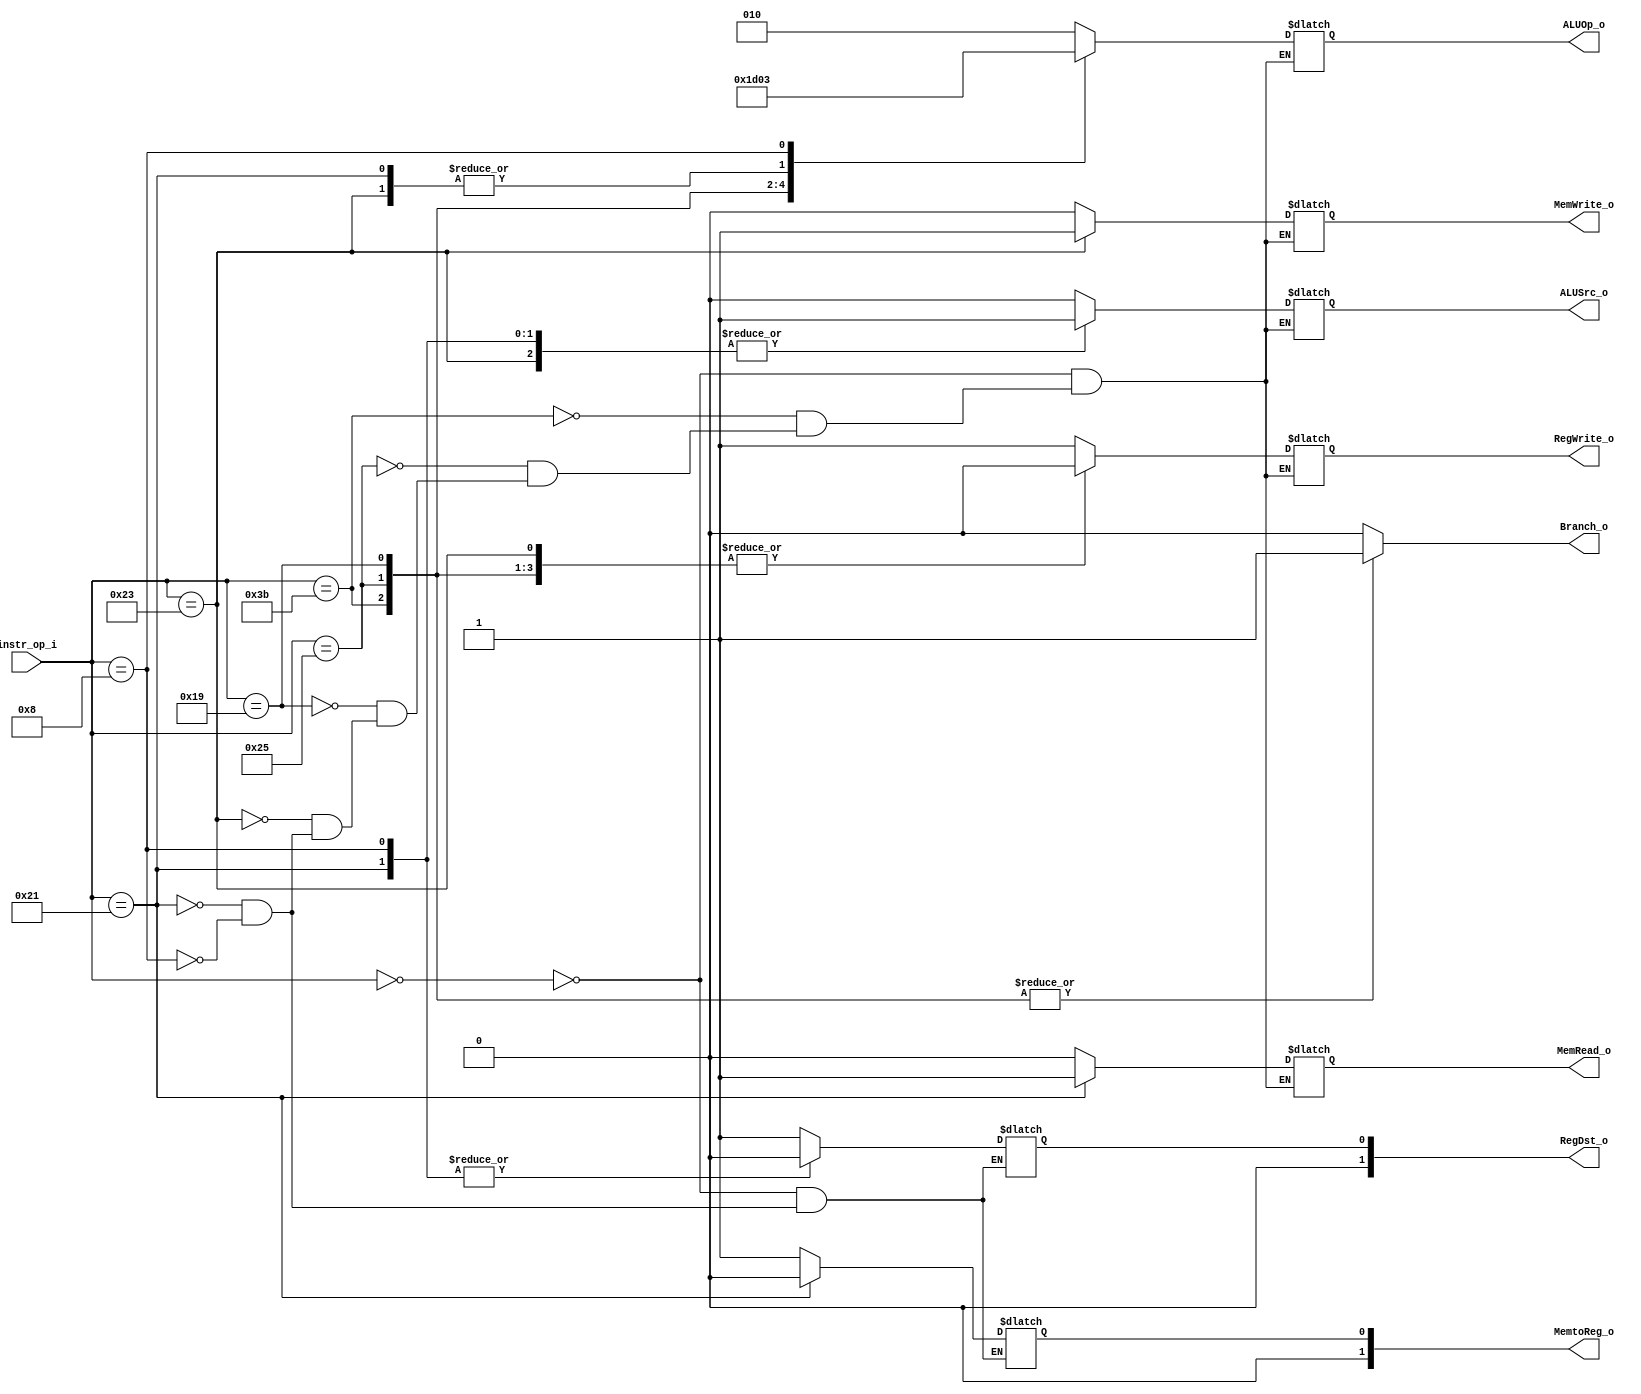
module Decoder( instr_op_i, RegWrite_o,	ALUOp_o, ALUSrc_o, RegDst_o, Branch_o, MemWrite_o, MemRead_o, MemtoReg_o);
     
//I/O ports
input	[6-1:0] instr_op_i;

output			RegWrite_o;
output	[3-1:0] ALUOp_o;
output			ALUSrc_o;
output	[2-1:0]	RegDst_o, MemtoReg_o;
output			Branch_o, MemWrite_o, MemRead_o;
 
//Internal Signals
wire	[3-1:0] ALUOp_o;
wire			ALUSrc_o;
wire			RegWrite_o;
wire	[2-1:0]	RegDst_o, MemtoReg_o;
wire			Branch_o, MemWrite_o, MemRead_o;

//Main function
/*your code here*/

reg RegWrite_o1 = 1'b0;
reg [3-1:0] ALUOp_o1 = 3'b000;
reg ALUSrc_o1 = 1'b0;
reg	RegDst_o1 = 1'b0, MemtoReg_o1 = 1'b0;
reg Branch_o1 = 1'b0, MemWrite_o1 = 1'b0, MemRead_o1 = 1'b0;

always@(instr_op_i)
begin
  case(instr_op_i)
    6'b000000: // R-Type
      begin
        RegWrite_o1 = 1;
        ALUOp_o1 = 3'b010;
	    ALUSrc_o1 = 0;
        RegDst_o1 = 1;
		Branch_o1 = 0;
		MemWrite_o1 = 0;
		MemRead_o1 = 0;
		MemtoReg_o1 = 1;
      end
	6'b111011: //beq
	  begin
        RegWrite_o1 = 0;
        ALUOp_o1 = 3'b001;
	    ALUSrc_o1 = 0;
		Branch_o1 = 1;
		MemWrite_o1 = 0;
		MemRead_o1 = 0;
		
      end
	6'b100101: //bne
	  begin
        RegWrite_o1 = 0;
        ALUOp_o1 = 3'b110;
	    ALUSrc_o1 = 0;
		Branch_o1 = 1;
		MemWrite_o1 = 0;
		MemRead_o1 = 0;
      end
	6'b011001: //blt
	  begin
        RegWrite_o1 = 0;
	    ALUSrc_o1 = 0;
		ALUOp_o1 = 3'b100;
		Branch_o1 = 1;
		MemWrite_o1 = 0;
		MemRead_o1 = 0;
      end
	6'b100011: //sw
	  begin
        RegWrite_o1 = 0;
        ALUOp_o1 = 3'b000;
	    ALUSrc_o1 = 1;
		Branch_o1 = 0;
		MemWrite_o1 = 1;
		MemRead_o1 = 0;
      end
	6'b100001: //lw
	  begin
        RegWrite_o1 = 1;
        ALUOp_o1 = 3'b000;
	    ALUSrc_o1 = 1;
        RegDst_o1 = 0;
		Branch_o1 = 0;
		MemWrite_o1 = 0;
		MemRead_o1 = 1;
		MemtoReg_o1 = 0;
      end
    6'b001000: //addi
      begin
        RegWrite_o1 = 1;
        ALUOp_o1 = 3'b011;
        ALUSrc_o1 = 1;
        RegDst_o1 = 0;
		Branch_o1 = 0;
		MemWrite_o1 = 0;
		MemRead_o1 = 0;
		MemtoReg_o1 = 1;
	  end
	default:
	  begin
		Branch_o1 = 0;
      end

  endcase
end

assign  RegWrite_o = RegWrite_o1;
assign  ALUOp_o = ALUOp_o1;
assign  ALUSrc_o = ALUSrc_o1;
assign  RegDst_o = RegDst_o1;
assign  Branch_o = Branch_o1;
assign	MemWrite_o = MemWrite_o1;
assign	MemRead_o = MemRead_o1;
assign	MemtoReg_o = MemtoReg_o1;

endmodule